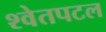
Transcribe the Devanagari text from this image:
श्‍वेतपटल